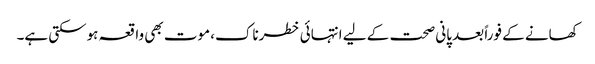
کھانے کے فوراً بعد پانی صحت کے لیے انتہائی خطرناک، موت بھی واقعہ ہوسکتی ہے۔